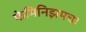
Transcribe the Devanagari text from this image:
फेमिनिझमचा